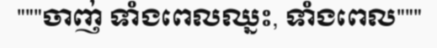
"""ចាញ់ ទាំងពេលឈ្នះ, ទាំងពេល"""